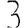
Digit: 3